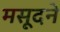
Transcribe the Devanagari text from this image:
मसूदने